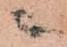
ニ